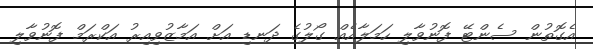
އެގޮތުން ސެންޓޭ ފޮނުވާލި ހަމަލާއެއް ގޯލުގެ ދަނޑި އަށް އަމާޒުވިއިރު އަކްރަމް ފޮނުވާލި